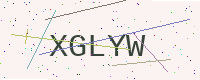
Text: XGLYW